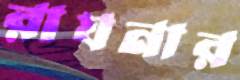
রাঘনার